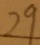
2 9